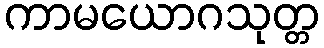
ကာမယောဂသုတ္တ